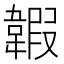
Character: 䪗